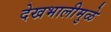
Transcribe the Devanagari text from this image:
देखभालीमुळे